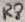
Text: R8